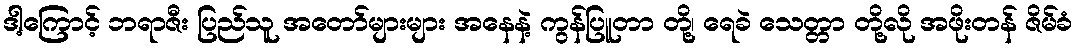
ဒါ့ကြောင့် ဘရာဇီး ပြည်သူ အတော်များများ အနေနဲ့ ကွန်ပြူတာ တို့၊ ရေခဲ သေတ္တာ တို့လို အဖိုးတန် ဇိမ်ခံ